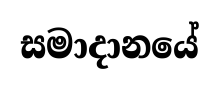
සමාදානයේ